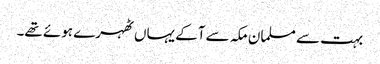
بہت سے مسلمان مکہ سے آکے یہاں ٹھہرے ہوئے تھے۔